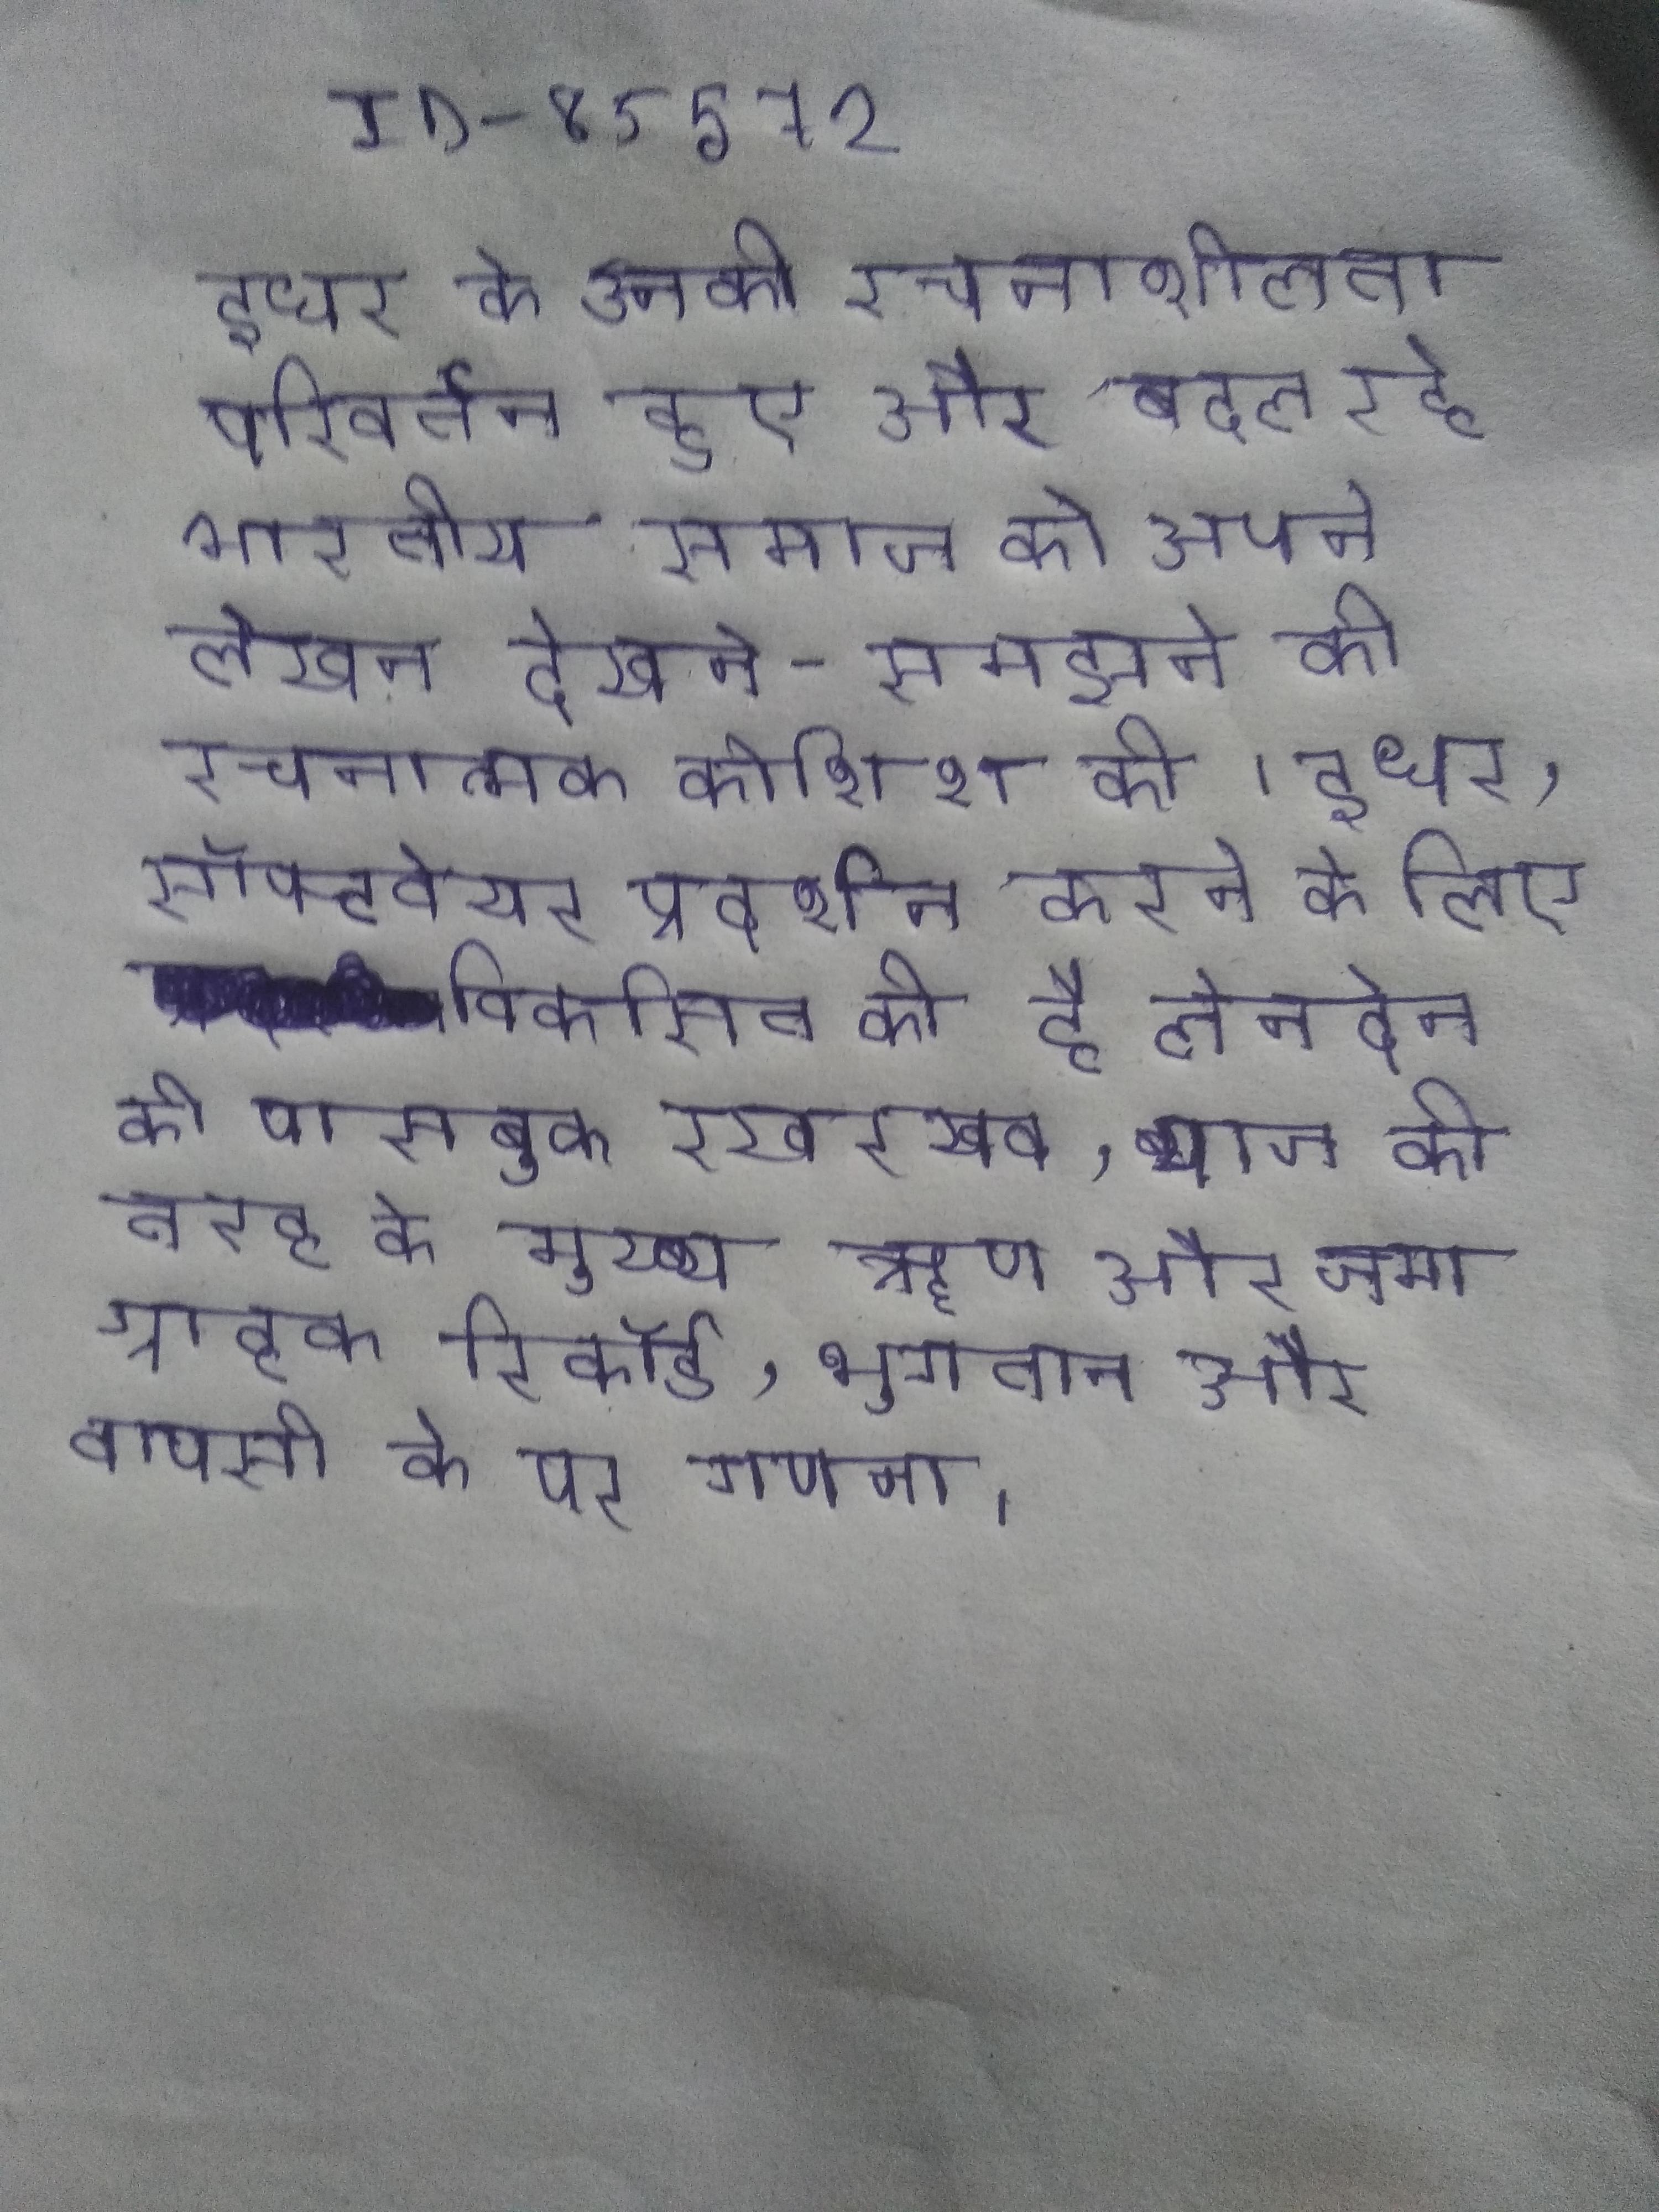
इधर के उनकी रचनाशीलता परिवर्तन हुए और बदल रहे भारतीय समाज को अपने लेखन देखने-समझने की रचनात्मक कोशिश की । इधर, सॉफ्टवेयर प्रदर्शन करने के लिए विकसित की है लेनदेन की पासबुक रखरखाव, ब्याज की तरह के मुख्य ऋण और जमा ग्राहक रिकॉर्ड, भुगतान और वापसी के पर गणना ।